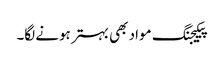
پیکیجنگ مواد بھی بہتر ہونے لگا۔